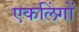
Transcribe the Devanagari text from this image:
एकलिंगों